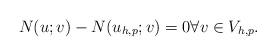
LaTeX: \begin{align*} N(u; v) - N(u_{h, p}; v) = 0 \forall v \in V_{h, p} .\end{align*}